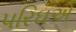
પરિઘએ